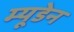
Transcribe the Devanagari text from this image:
म्यूडेन